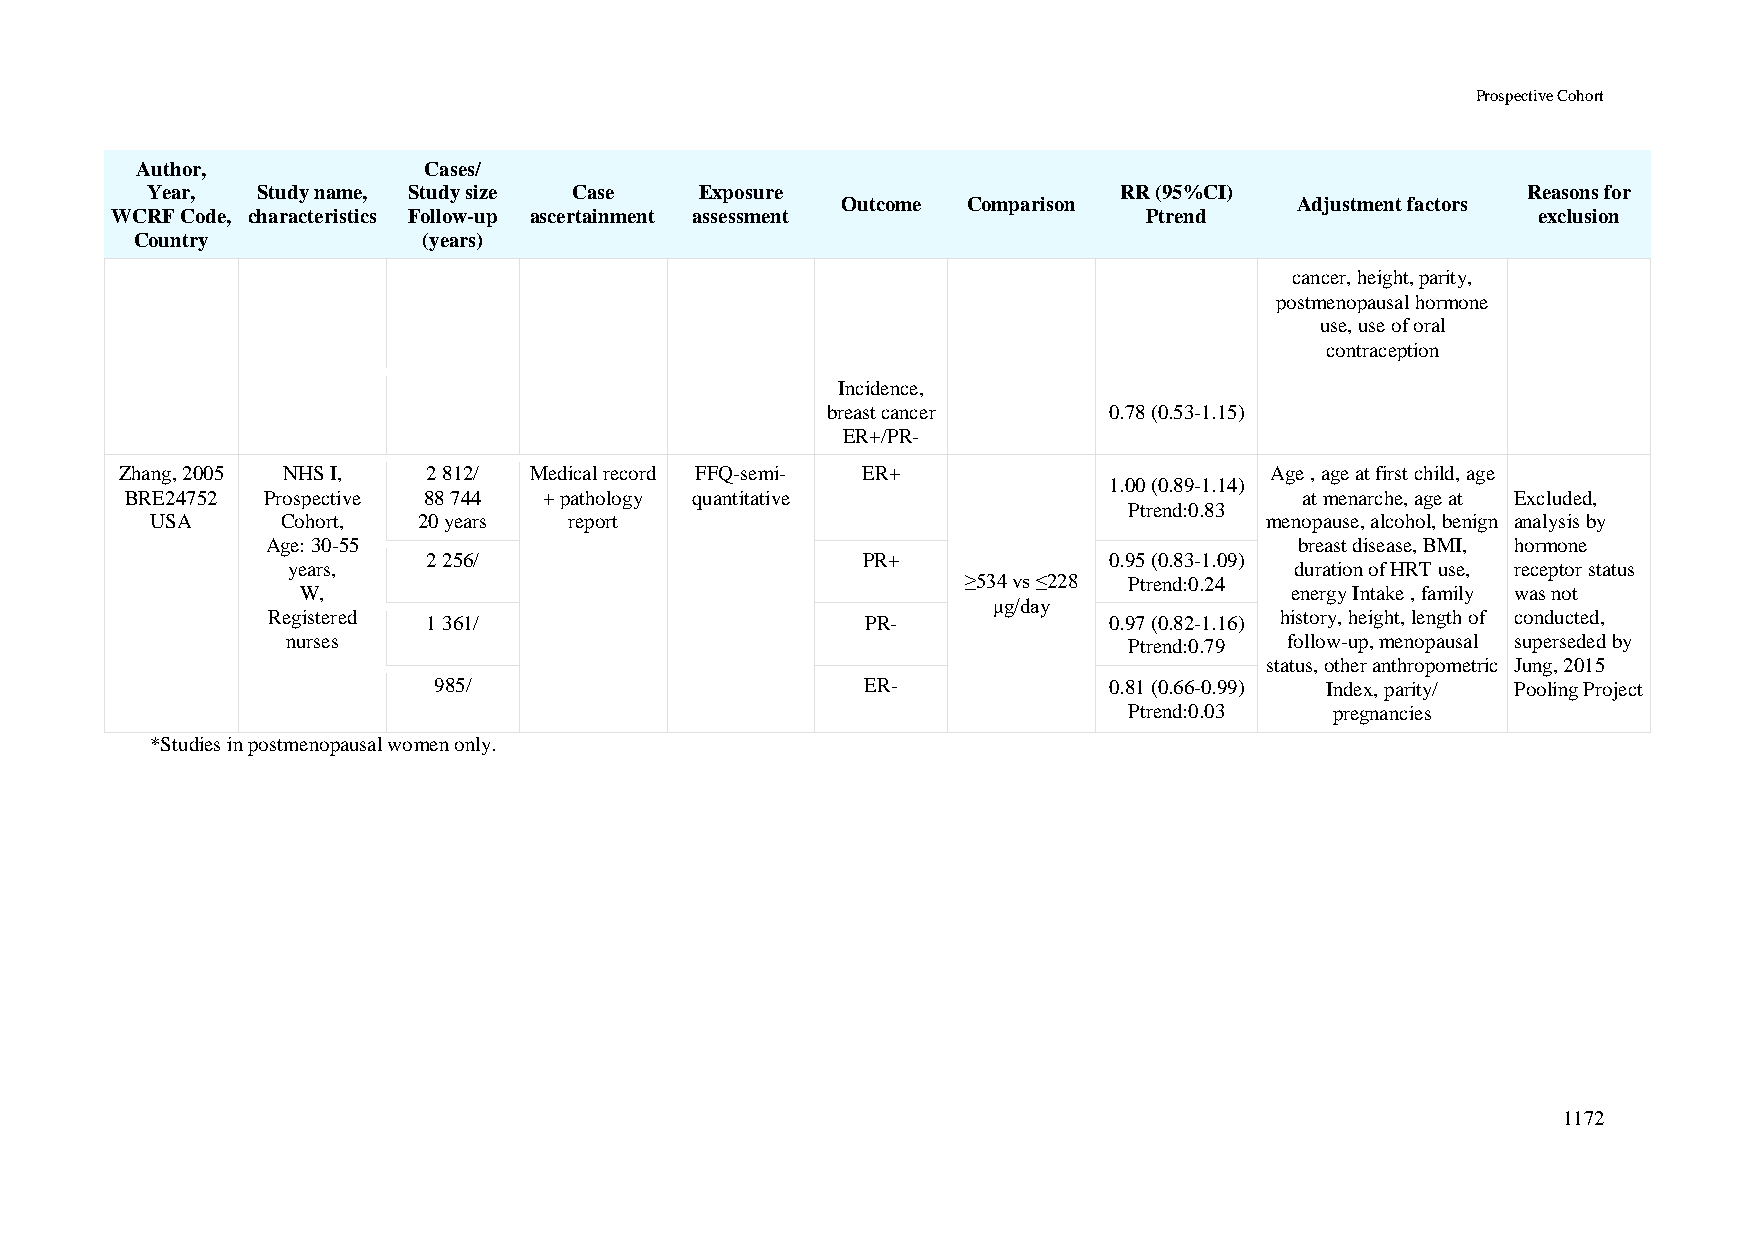
Prospective Cohort
 Author,            Cases/
 Year,  Study name, Study size Case  Exposure                    RR (95%CI)                 Reasons for
 Outcome Comparison            Adjustment factors
 WCRF Code, characteristics Follow-up ascertainment assessment        Ptrend                    exclusion
 Country            (years)
 cancer, height, parity,
 postmenopausal hormone
 use, use of oral
 contraception
 Incidence,
 breast cancer     0.78 (0.53-1.15)
 ER+/PR-
 Zhang, 2005 NHS I,  2 812/ Medical record FFQ-semi- ER+                     Age , age at first child, age
 1.00 (0.89-1.14)
 BRE24752 Prospective 88 744 + pathology quantitative                          at menarche, age at Excluded,
 Ptrend:0.83
 USA      Cohort,  20 years  report                                        menopause, alcohol, benign analysis by
 Age: 30-55                                                          breast disease, BMI, hormone
 2 256/                       PR+             0.95 (0.83-1.09)
 years,                                                             duration of HRT use, receptor status
 ≥534 vs ≤228 Ptrend:0.24
 W,                                                               energy Intake , family was not
 μg/day
 Registered 1 361/                      PR-             0.97 (0.82-1.16) history, height, length of conducted,
 nurses                                                  Ptrend:0.79 follow-up, menopausal superseded by
 status, other anthropometric Jung, 2015
 985/                        ER-             0.81 (0.66-0.99) Index, parity/ Pooling Project
 Ptrend:0.03  pregnancies
 *Studies in postmenopausal women only.
 1172